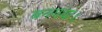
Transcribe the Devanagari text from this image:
बनगया।